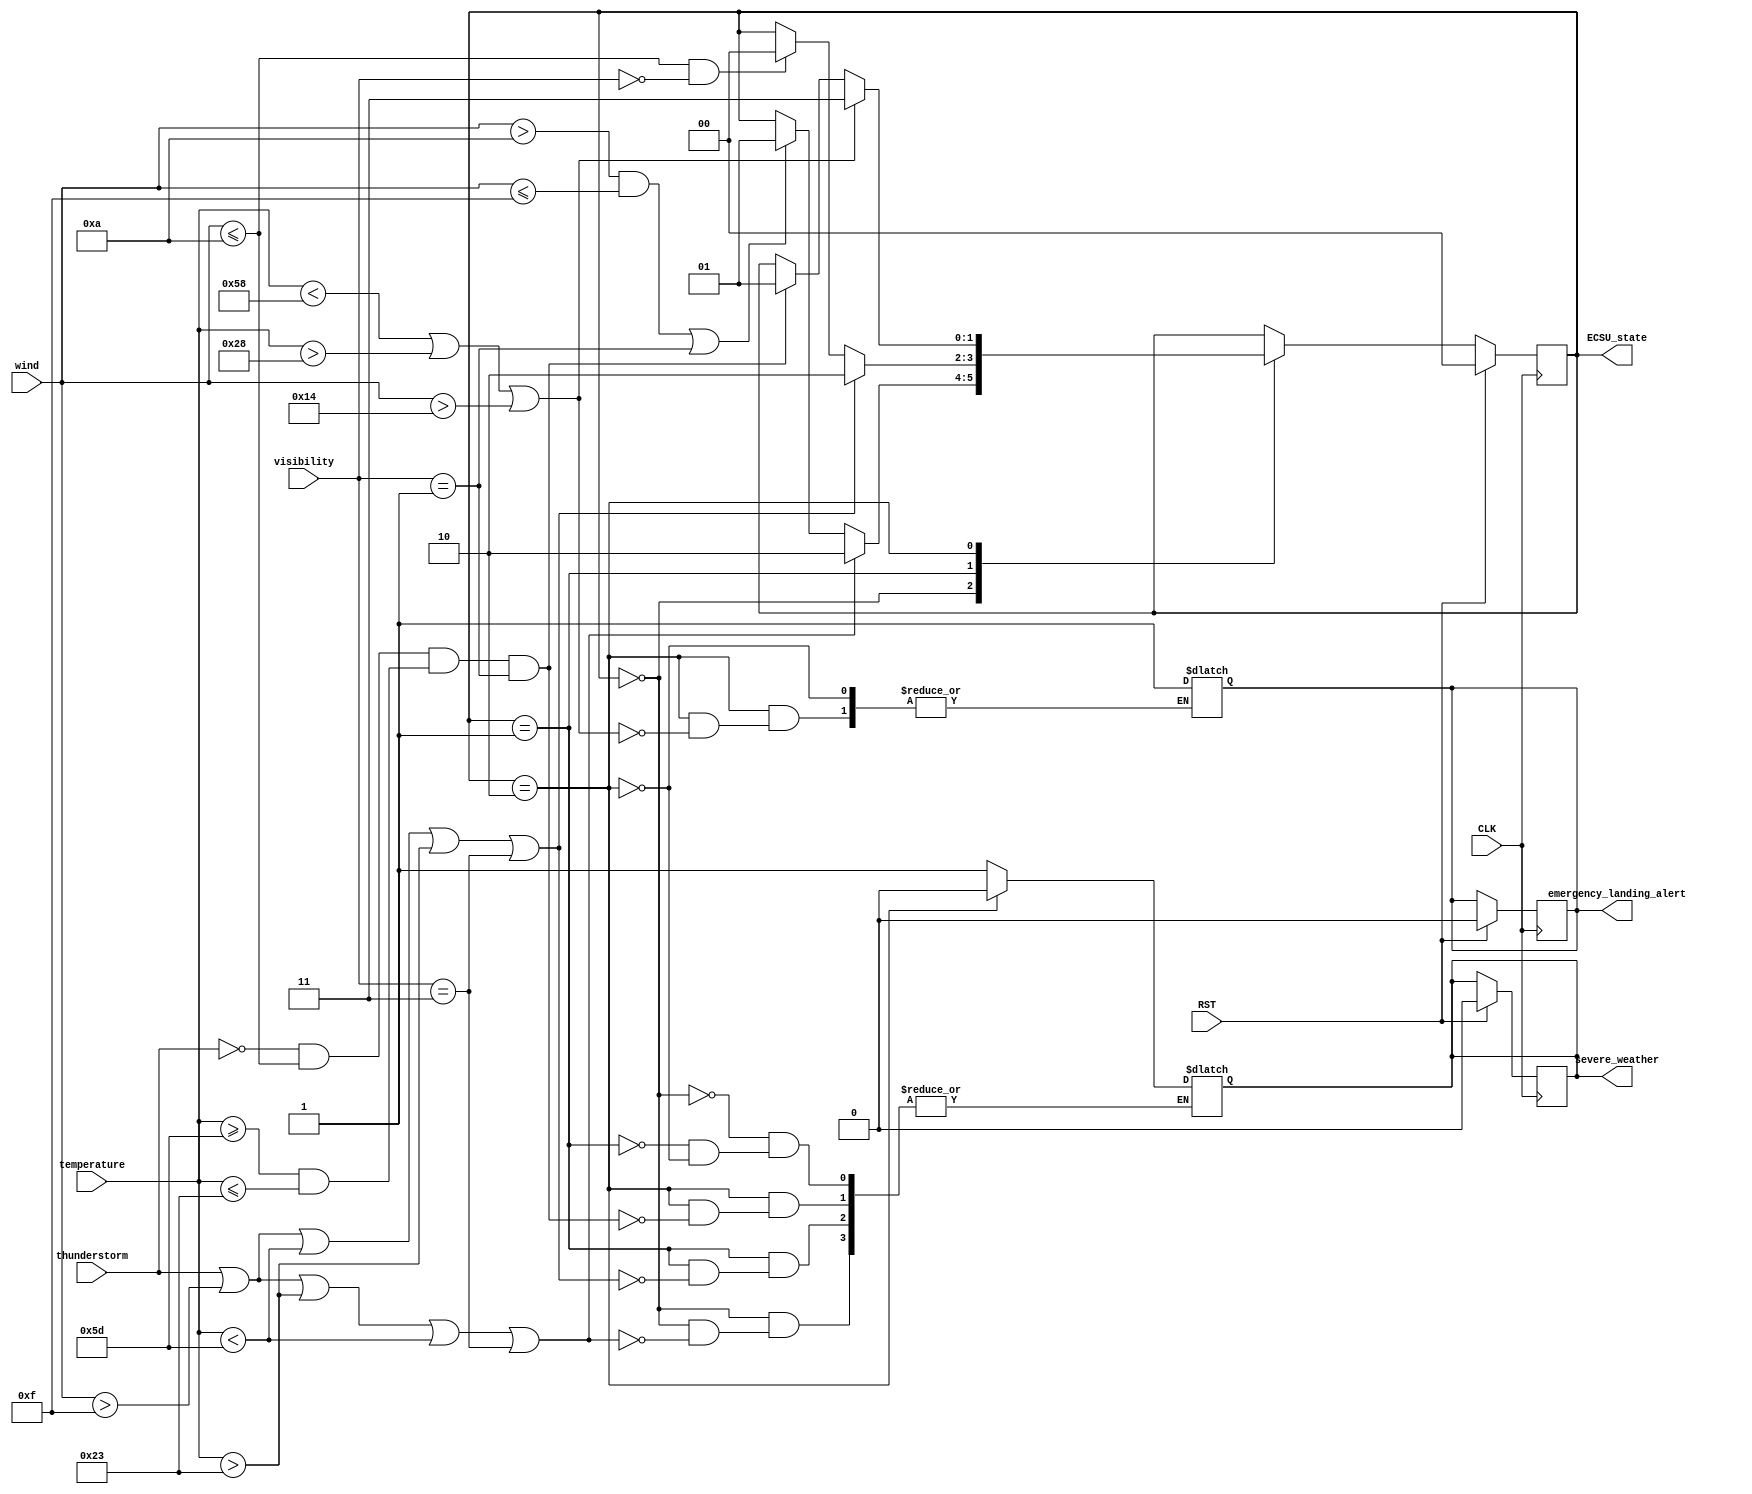
`timescale 1us / 1ps

module ECSU(
    input CLK,
    input RST,
    input thunderstorm,
    input [5:0] wind,
    input [1:0] visibility,
    input signed [7:0] temperature,
    output reg severe_weather,
    output reg emergency_landing_alert,
    output reg [1:0] ECSU_state
);

// Your code goes here.
parameter ALL_CLEAR = 2'b00;
parameter CAUTION = 2'b01;
parameter HIGH_ALERT = 2'b10;
parameter EMERGENCY = 2'b11;
reg [1:0] currentState, nextState;

initial
begin
    currentState <= ALL_CLEAR;
    severe_weather <= 0;
    emergency_landing_alert <= 0;
end

always @(posedge CLK)
begin 
    if (RST) begin
        currentState <= ALL_CLEAR;
        severe_weather <= 0;
        emergency_landing_alert <= 0;
    end
    else begin
        currentState <= nextState;
    end
end

always @*
begin
    nextState = currentState;

    case (currentState)
        ALL_CLEAR: begin
            if ((wind>10 && wind<=15) || visibility==2'b01) begin
                nextState = CAUTION;
            end
            if ((thunderstorm==1'b1) || (wind>15) || (temperature>35) || (temperature<-35) || (visibility==2'b11)) begin
                severe_weather = 1;
                nextState = HIGH_ALERT;
            end
        end
        CAUTION: begin
            if (wind<=10 && visibility==2'b00) begin
                nextState = ALL_CLEAR;
            end
            if ((thunderstorm==1'b1) || (wind>15) || (temperature<-35) || (temperature>35) || (visibility==2'b11)) begin
                severe_weather = 1;
                nextState = HIGH_ALERT;
            end
        end
        HIGH_ALERT: begin
            if (thunderstorm==1'b0 && wind<=10 && (temperature>=-35 && temperature<=35) && visibility==2'b01) begin
                severe_weather = 0;
                nextState = CAUTION;
            end
            if ((temperature<-40) || (temperature>40) || wind>20) begin
                emergency_landing_alert = 1;
                nextState = EMERGENCY;
            end
        end
    endcase

    ECSU_state = currentState;
end

endmodule